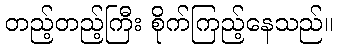
တည့်တည့်ကြီး စိုက်ကြည့်နေသည်။